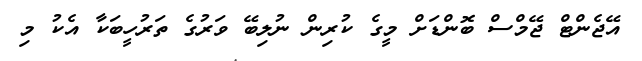
އޭޖެންޓް ޖޭމްސް ބޮންޑަށް މީގެ ކުރިން ނުލިބޭ ވަރުގެ ތަރުހީބަކާ އެކު މި